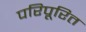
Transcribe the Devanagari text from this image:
परिपूरित